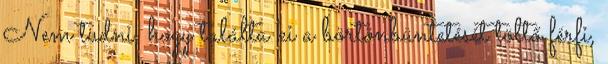
Nem tudni, hogy találta ki a börtönbüntetését töltő férfi,